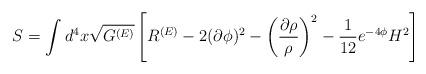
LaTeX: \begin{align*}S=\int d^4x\sqrt{G^{(E)}}\left[ R^{(E)}-2(\partial \phi)^2 -\left(\frac{\partial\rho}{\rho}\right)^2 -\frac{1}{12}e^{-4 \phi}H^2\right]\end{align*}